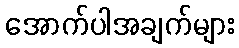
အောက်ပါအချက်များ